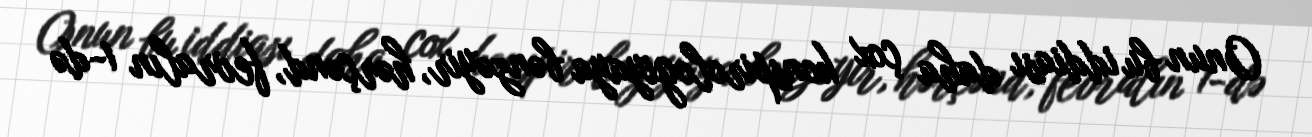
Onun bu iddiası daha çox konspirologiyaya bənzəyir, hərçənd, fevralın 1-də